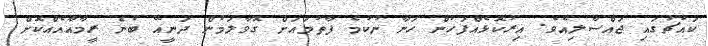
ކައުޗުގައި ޖައްސާލިއެވެ. އިރުކޮޅެއްފަހުން ހަނާ ނުކުމެ ފާތުމައަށް ގޮވާލަމުން ދަނީއޭ ބުނެ ރީމާއާއެއްކޮށް